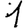
Digit: 1